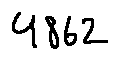
4 8 6 2